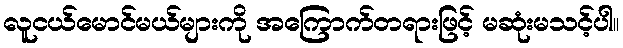
လူငယ်မောင်မယ်များကို အကြောက်တရားဖြင့် မဆုံးမသင့်ပါ။